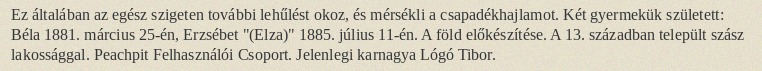
Ez általában az egész szigeten további lehűlést okoz, és mérsékli a csapadékhajlamot. Két gyermekük született: Béla 1881. március 25-én, Erzsébet "(Elza)" 1885. július 11-én. A föld előkészítése. A 13. században települt szász lakossággal. Peachpit Felhasználói Csoport. Jelenlegi karnagya Lógó Tibor.